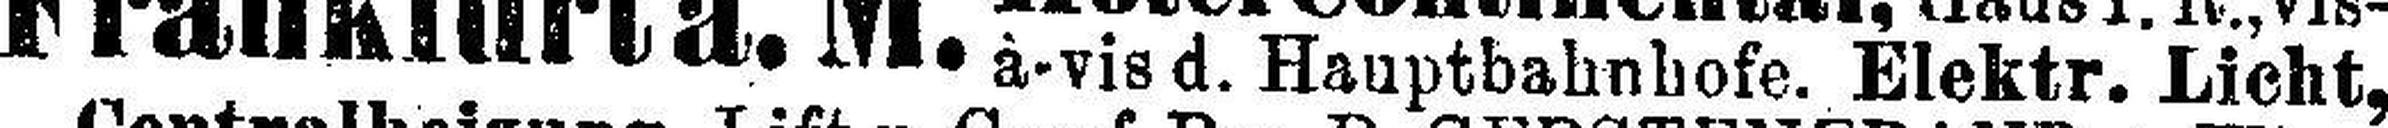
-vis d. Hauptbahnhofe. Elektr. Licht,